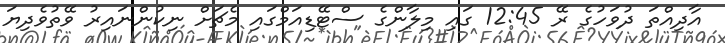
އާދިއްތަ ދުވަހުގެ ރޭ 12:45 ގައި މިލާންގެ ސްޓޭޑިއަމްގައި މެޗަށް ނިކުންނައިރު ވޭތުވެދިޔަ